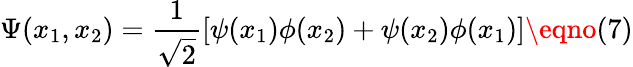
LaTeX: \Psi(x_{1},x_{2})=\frac{1}{\sqrt 2}[\psi(x_{1})\phi(x_{2})+\psi(x_{2})\phi(x_{1})]\eqno(7)